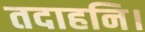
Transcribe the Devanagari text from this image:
तदाहनि।